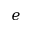
e